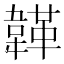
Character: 韚